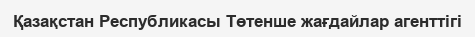
Қазақстан Республикасы Төтенше жағдайлар агенттігі